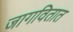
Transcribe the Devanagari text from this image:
जागवितात